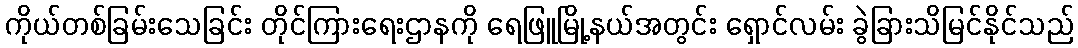
ကိုယ်တစ်ခြမ်းသေခြင်း တိုင်ကြားရေးဌာနကို ရေဖြူမြို့နယ်အတွင်း ရှောင်လမ်း ခွဲခြားသိမြင်နိုင်သည်